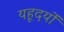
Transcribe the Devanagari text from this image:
यहूदयों